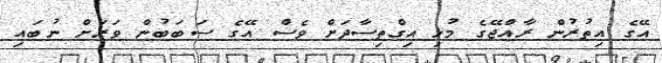
އޭގެ އިތުރުން ރާއްޖޭގެ މުޅި އިގްތިސާދަށް ވެސް އޭގެ ސަބަބުން ވަރަށް ނުބައި